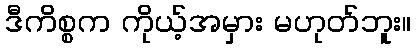
ဒီကိစ္စက ကိုယ့်အမှား မဟုတ်ဘူး။